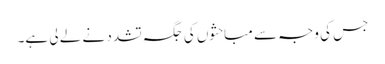
جس کی وجہ سے مباحثوں کی جگہ تشدد نے لے لی ہے۔